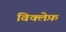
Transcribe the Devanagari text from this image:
विक्लेफ़